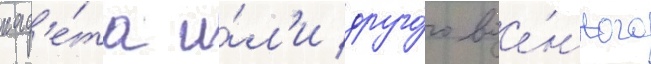
кад'е́та и́л'и друго́го вое́нного